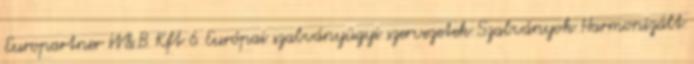
Europartner W&B Kft 6 Európai szabványügyi szervezetek Szabványok Harmonizált